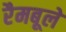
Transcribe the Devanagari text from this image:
रैमबूले